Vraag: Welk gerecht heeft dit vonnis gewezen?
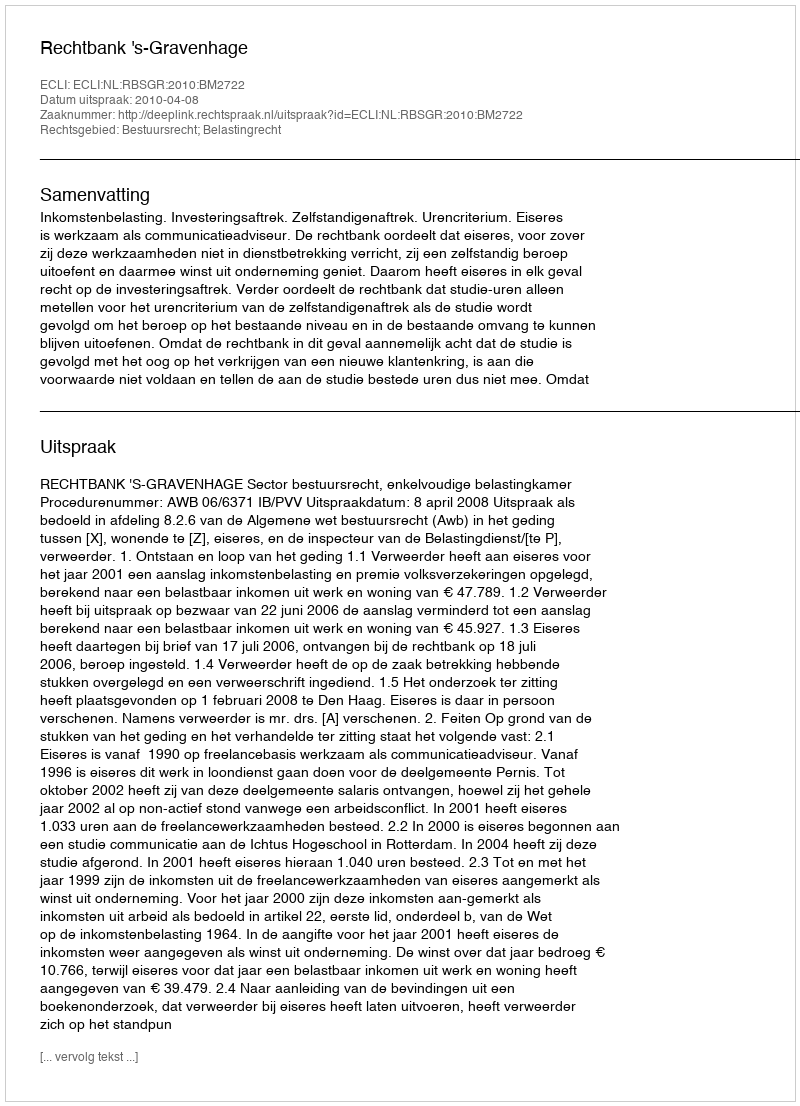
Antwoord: Rechtbank 's-Gravenhage